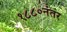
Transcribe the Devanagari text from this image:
१८८०नंतर